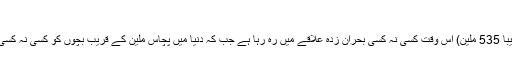
بحران اور ہنگامی حالات
یونیسیف کی تازہ رپورٹ کے مطابق دنیا کا ہر چوتھا بچہ (تقریبا 535 ملین) اس وقت کسی نہ کسی بحران زدہ علاقے میں رہ رہا ہے جب کہ دنیا میں پچاس ملین کے قریب بچوں کو کسی نہ کسی مشکل یا بحران کی وجہ سے نقل مکانی کا سامنا کرنا پڑا ہے۔